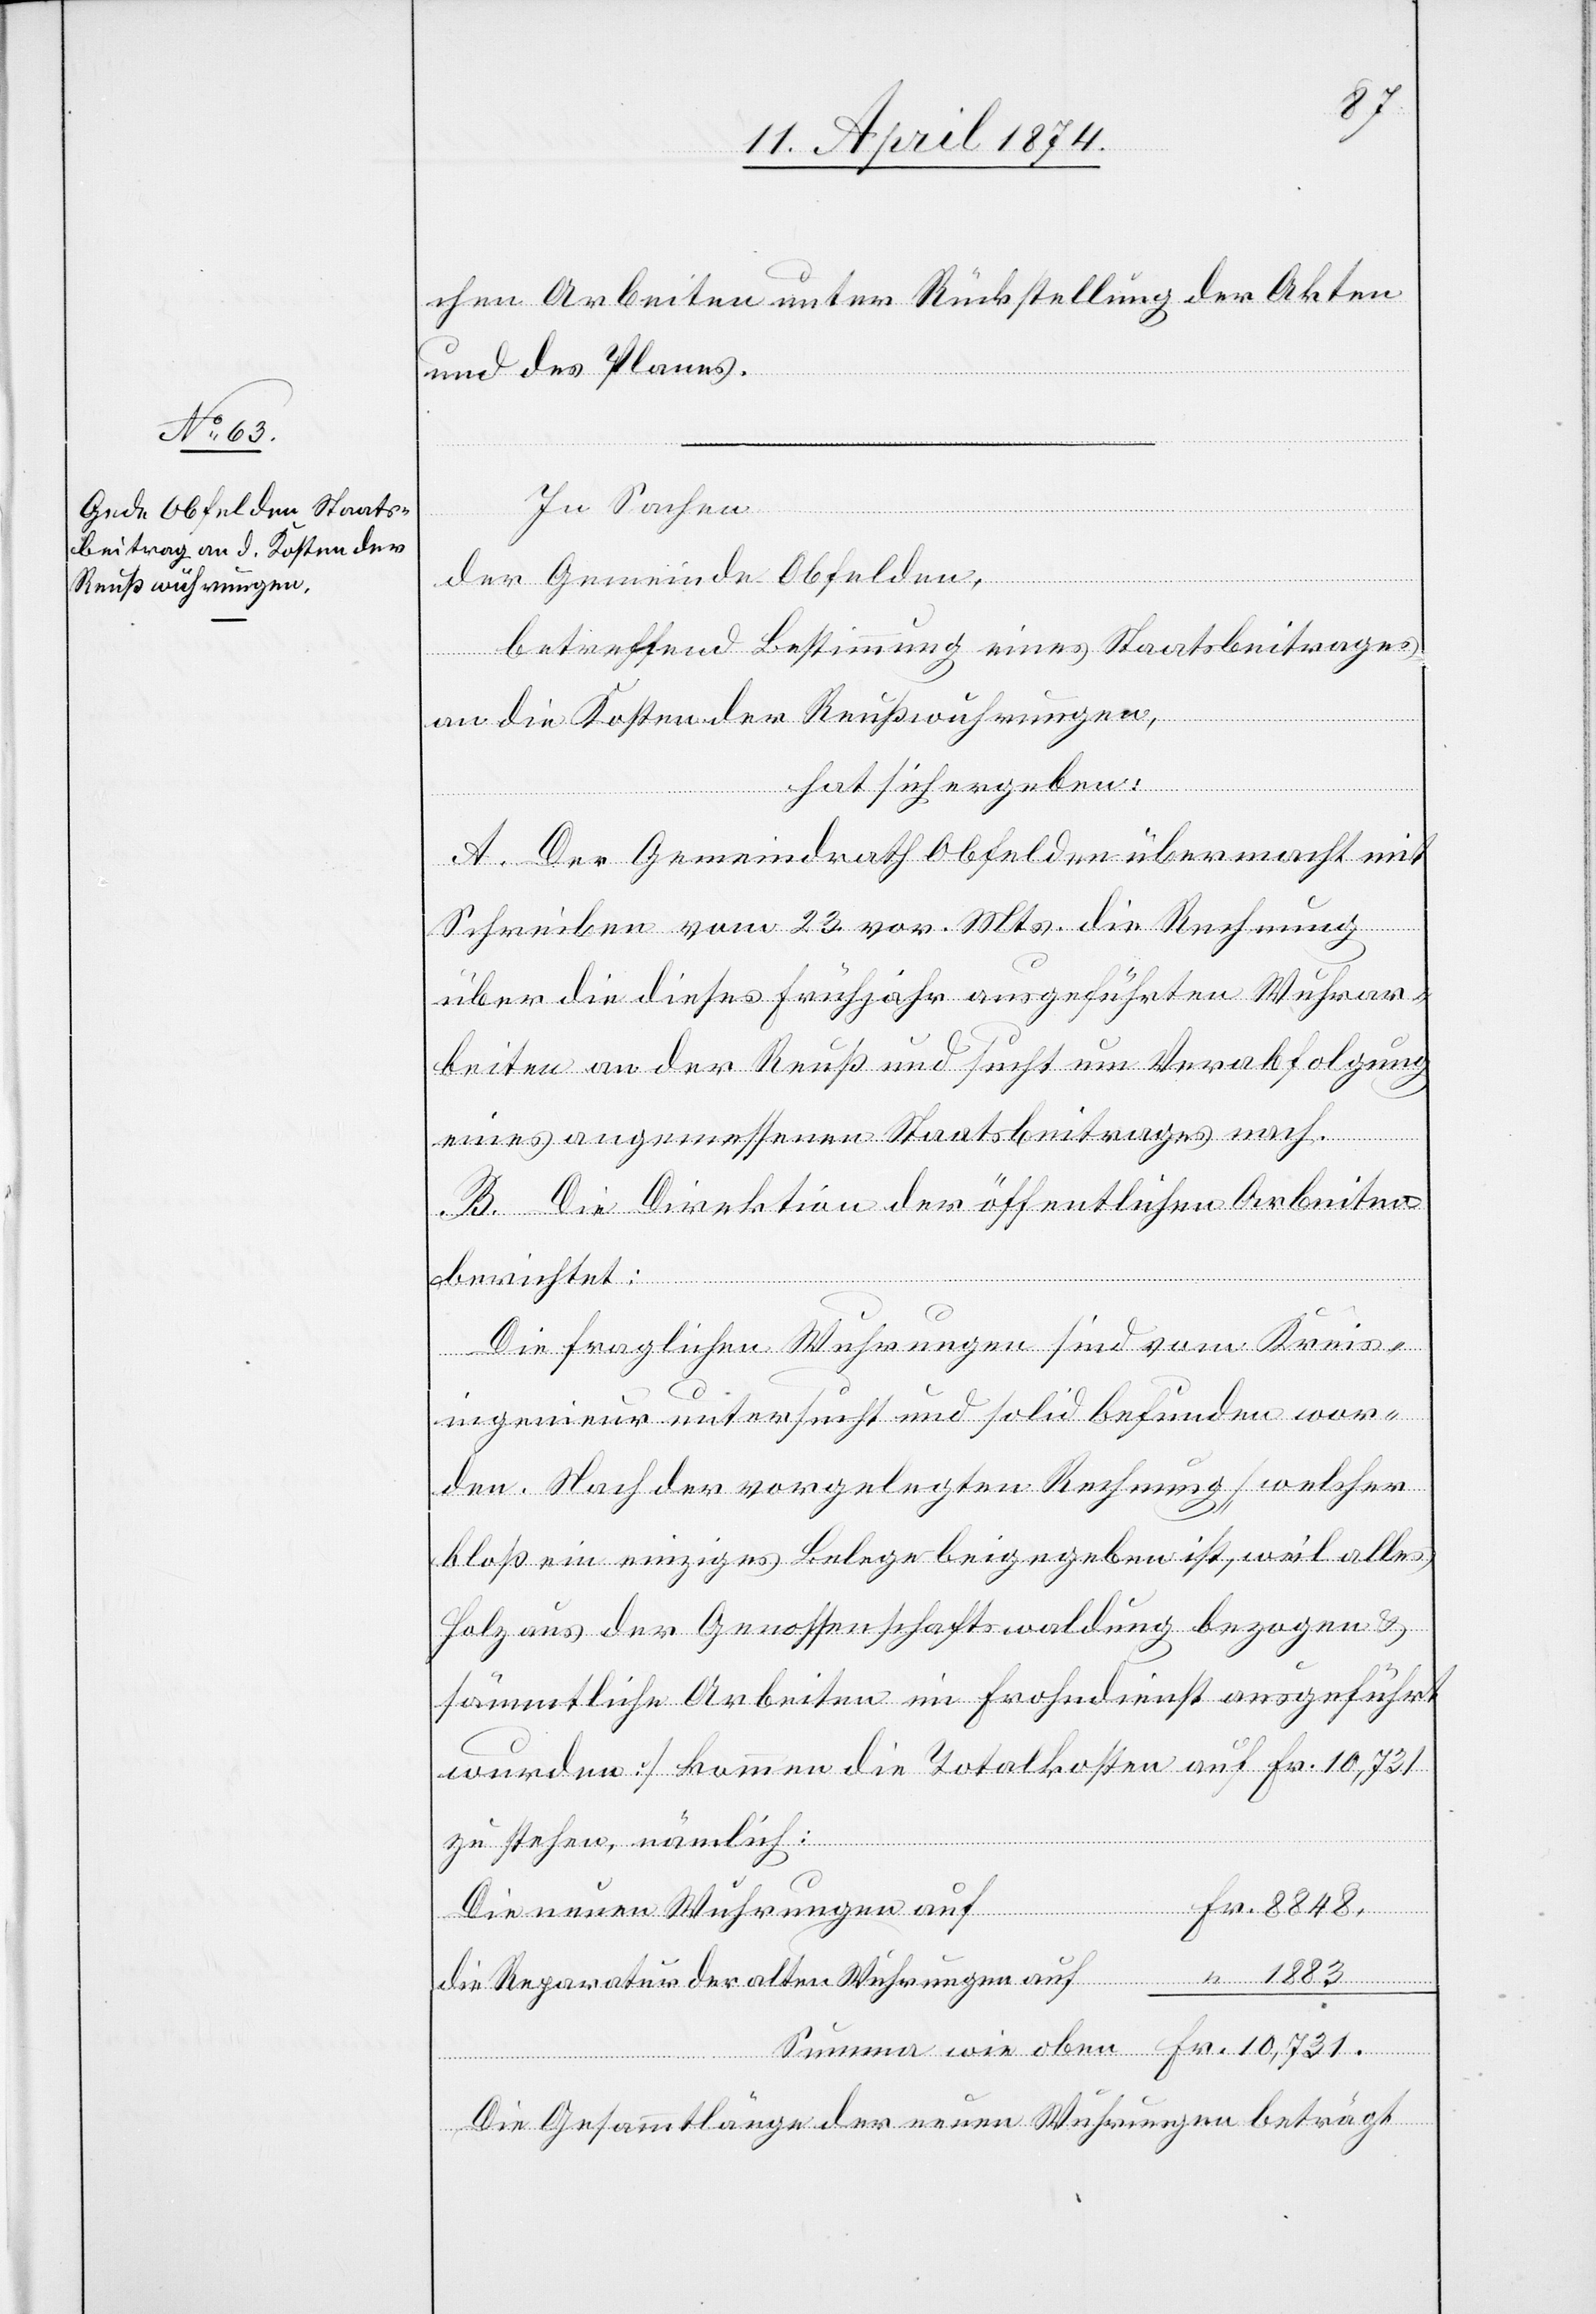
chen Arbeiten unter Rückstellung der Akten
und des Planes.
In Sachen
der Gemeinde Obfelden,
betreffend Bestimmung eines Staatsbeitrages
an die Kosten der Reußwuhrungen,
hat sich ergeben:
A. Der Gemeindrath Obfelden übermacht mit
Schreiben vom 23. vor. Mts. die Rechnung
über die dieses Frühjahr ausgeführten Wuhrar¬
beiten an der Reuß und sucht um Verabfolgung
eines angemessenen Staatsbeitrages nach.
B. Die Direktion der öffentlichen Arbeiten
berichtet:
Die fraglichen Wuhrungen sind vom Kreis¬
ingenieur untersucht und solid befunden wor¬
den. Nach der vorgelegten Rechnung [welcher
bloß ein einziges Belege beigegeben ist, weil alles
Holz aus der Genossenschaftswaldung bezogen u.
sämmtliche Arbeiten im Frohndienst ausgeführt
wurden] kommen die Totalkosten auf Fr. 10,731
zu stehen, nämlich:
Die neuen Wuhrungen auf 	 Fr. 8848.
die Reparatur der alten Wuhrungen auf	 “ 1883.
Summe wie obe¬
n	Fr. 10,731.
Die Gesammtlänge der neuen Wuhrungen beträgt